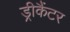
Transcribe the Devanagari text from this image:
ड्रीकैंटर